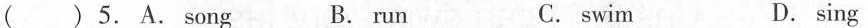
( ) 5. A. song B. run C. swim D. sing